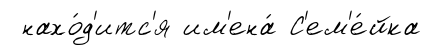
нахо́д'итс'я им'ена́ С'ем'е́йка